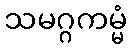
သမဂ္ဂကမ္မံ